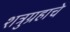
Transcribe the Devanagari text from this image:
शत्रुग्रहाचे